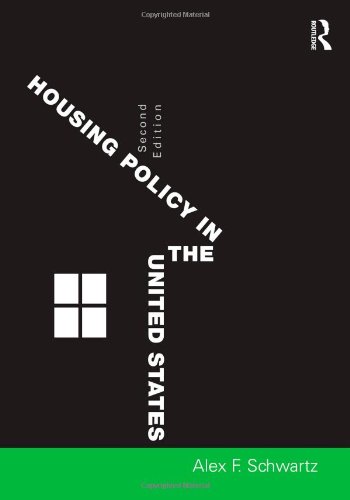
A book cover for Housing Policy in the United States; Alex F. Schwartz; Law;